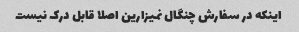
اینکه در سفارش چنگال نمیزارین اصلا قابل درک نیست